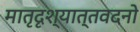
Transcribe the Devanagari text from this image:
मातृदृश्यात्तवदनो